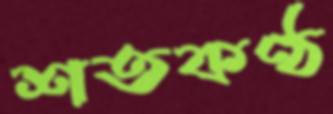
শতকণ্ঠ